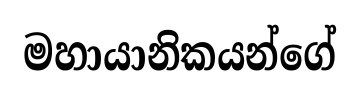
මහායානිකයන්ගේ